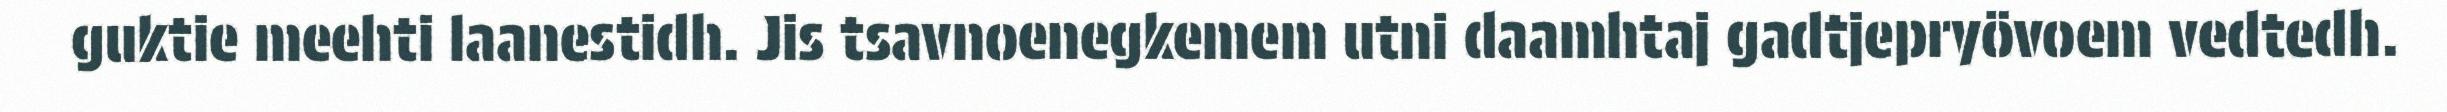
guktie meehti laanestidh. Jis tsavnoenegkemem utni daamhtaj gadtjepryövoem vedtedh.